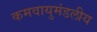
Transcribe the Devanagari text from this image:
कमवायुमंडलीय